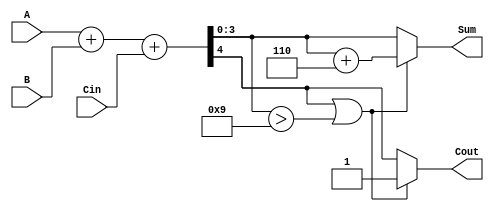
module BCD_Hybrid_Adder (
    input  wire [3:0] A,      // First BCD digit (0-9)
    input  wire [3:0] B,      // Second BCD digit (0-9)
    input  wire Cin,          // Carry input
    output reg  [3:0] Sum,    // BCD sum output
    output reg  Cout          // Carry output
);

    wire [4:0] S;            // 5-bit sum output from binary adder
    wire correction_needed;   // Flag for correction

    // Binary addition of A, B, and Cin
    assign S = A + B + Cin;

    // Determine if correction is needed
    assign correction_needed = S[4] || (S[3:0] > 4'b1001);

    always @(*) begin
        if (correction_needed) begin
            // If correction is needed, add 6 (0110)
            Sum = S[3:0] + 4'b0110;
            Cout = 1; // Set carry out
        end else begin
            Sum = S[3:0];
            Cout = S[4]; // Carry out from the binary adder
        end
    end

endmodule